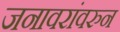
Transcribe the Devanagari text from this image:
जनावरांवरुन